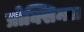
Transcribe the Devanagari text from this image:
प्रोक्सिमल